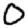
Digit: 0